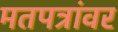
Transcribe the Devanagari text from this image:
मतपत्रांवर